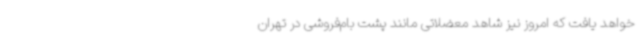
خواهد یافت که امروز نیز شاهد معضلاتی مانند پشت‌ بام‌فروشی در تهران